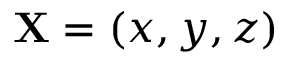
{ \bf { X } } = ( x , y , z )